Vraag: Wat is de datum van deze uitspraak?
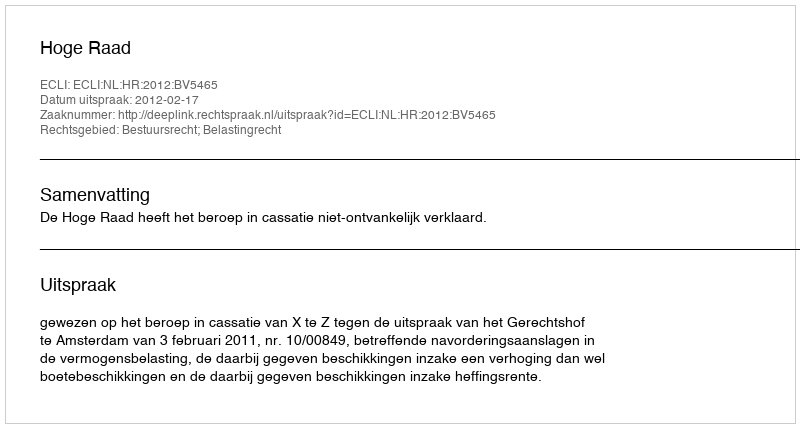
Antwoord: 2012-02-17